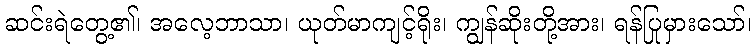
ဆင်းရဲတွေ့၏၊ အလေ့ဘာသာ၊ ယုတ်မာကျင့်ရိုး၊ ကျွန်ဆိုးတို့အား၊ ရန်ပြုမှားသော်၊